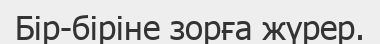
Бір-біріне зорға жүрер.